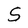
Character: S